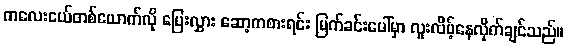
ကလေးငယ်တစ်ယောက်လို ပြေးလွှား ဆော့ကစားရင်း မြက်ခင်းပေါ်မှာ လူးလိမ့်နေလိုက်ချင်သည်။